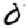
Digit: 0